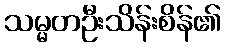
သမ္မတဦးသိန်းစိန်၏